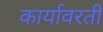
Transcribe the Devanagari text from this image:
कार्यावरती